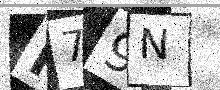
Text: M79N